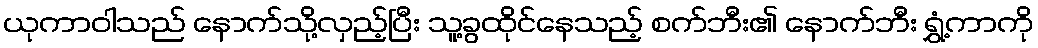
ယုကာဝါသည် နောက်သို့လှည့်ပြီး သူ့ခွထိုင်နေသည့် စက်ဘီး၏ နောက်ဘီး ရွှံ့ကာကို